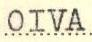
OIVA